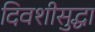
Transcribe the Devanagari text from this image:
दिवशीसुद्धा